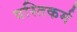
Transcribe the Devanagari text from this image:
वस्तिकर्म